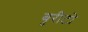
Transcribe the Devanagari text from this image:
बुरीटो